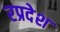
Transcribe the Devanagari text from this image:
रप्रदेश